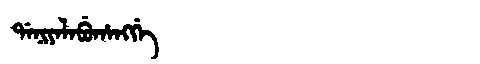
Manchu: ᡩᠠᠨᡳᠶᠠᠯᠠᠪᡠᡥᠠᠩᡤᡝ
Romanization: DANIYALABUHANGGE